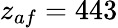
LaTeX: z_{af}=443